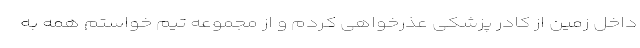
داخل زمین از کادر پزشکی عذرخواهی کردم و از مجموعه تیم خواستم همه به